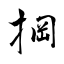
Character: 掆